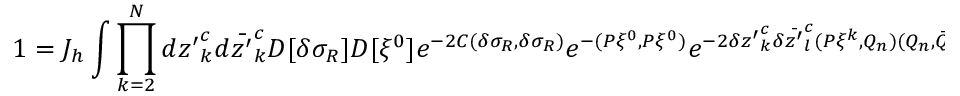
1 = J _ { h } \int \prod _ { k = 2 } ^ { \cal N } d { z ^ { \prime } } _ { k } ^ { c } d \bar { z ^ { \prime } } _ { k } ^ { c } D [ \delta \sigma _ { R } ] D [ \xi ^ { 0 } ] e ^ { - 2 C ( \delta \sigma _ { R } , \delta \sigma _ { R } ) } e ^ { - ( P \xi ^ { 0 } , P \xi ^ { 0 } ) } e ^ { - 2 \delta { z ^ { \prime } } _ { k } ^ { c } \delta \bar { z ^ { \prime } } _ { l } ^ { c } ( P \xi ^ { k } , Q _ { n } ) ( Q _ { n } , \bar { Q } _ { s } ) ^ { - 1 } ( \bar { Q } _ { s } , P \bar { \xi } ^ { l } ) }